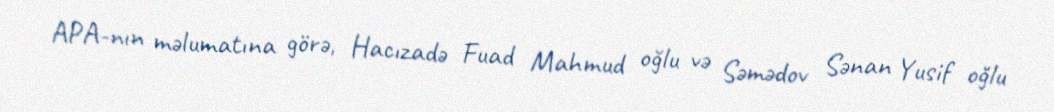
APA-nın məlumatına görə, Hacızadə Fuad Mahmud oğlu və Səmədov Sənan Yusif oğlu